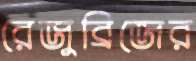
রেজুব্রিজের